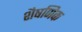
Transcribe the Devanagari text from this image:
शैषणिक